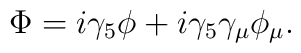
\Phi = i \gamma_{5} \phi + i \gamma_{5} \gamma_{\mu} \phi_{\mu} .